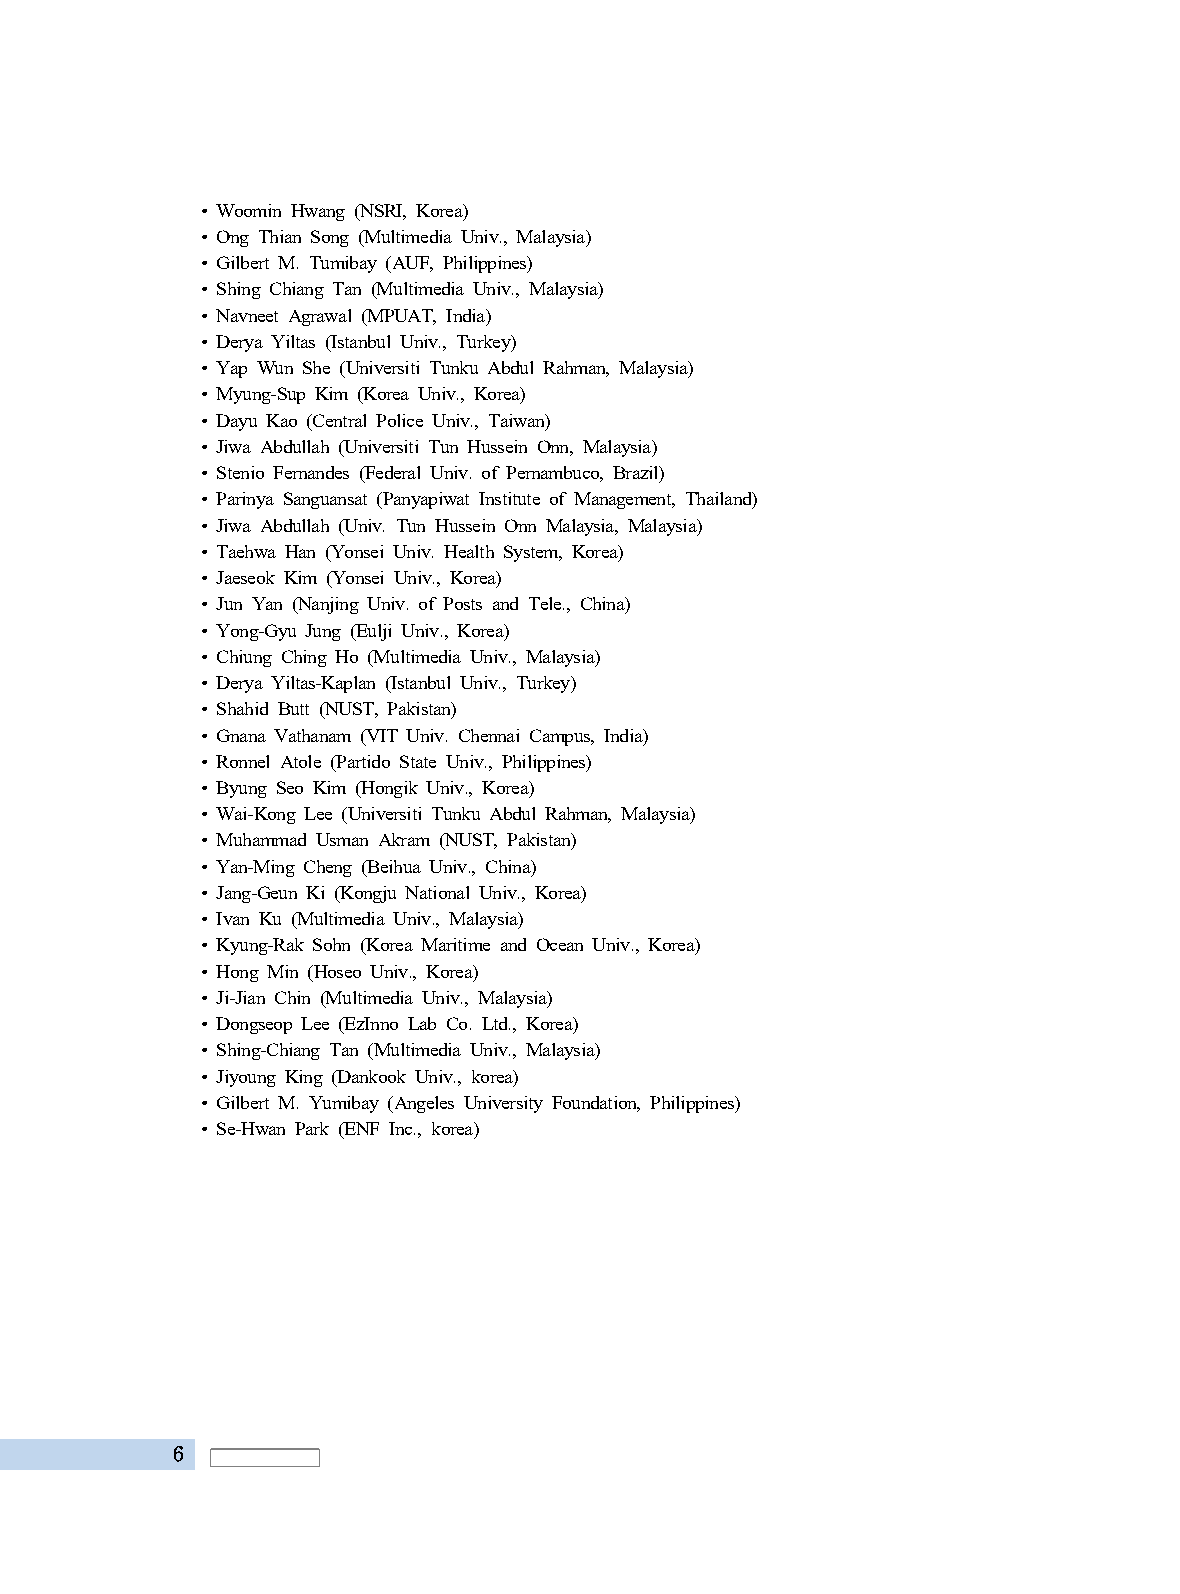
• Woomin Hwang (NSRI, Korea)
 • Ong Thian Song (Multimedia Univ., Malaysia)
 • Gilbert M. Tumibay (AUF, Philippines)
 • Shing Chiang Tan (Multimedia Univ., Malaysia)
 • Navneet Agrawal (MPUAT, India)
 • Derya Yiltas (Istanbul Univ., Turkey)
 • Yap Wun She (Universiti Tunku Abdul Rahman, Malaysia)
 • Myung-Sup Kim (Korea Univ., Korea)
 • Dayu Kao (Central Police Univ., Taiwan)
 • Jiwa Abdullah (Universiti Tun Hussein Onn, Malaysia)
 • Stenio Fernandes (Federal Univ. of Pernambuco, Brazil)
 • Parinya Sanguansat (Panyapiwat Institute of Management, Thailand)
 • Jiwa Abdullah (Univ. Tun Hussein Onn Malaysia, Malaysia)
 • Taehwa Han (Yonsei Univ. Health System, Korea)
 • Jaeseok Kim (Yonsei Univ., Korea)
 • Jun Yan (Nanjing Univ. of Posts and Tele., China)
 • Yong-Gyu Jung (Eulji Univ., Korea)
 • Chiung Ching Ho (Multimedia Univ., Malaysia)
 • Derya Yiltas-Kaplan (Istanbul Univ., Turkey)
 • Shahid Butt (NUST, Pakistan)
 • Gnana Vathanam (VIT Univ. Chennai Campus, India)
 • Ronnel Atole (Partido State Univ., Philippines)
 • Byung Seo Kim (Hongik Univ., Korea)
 • Wai-Kong Lee (Universiti Tunku Abdul Rahman, Malaysia)
 • Muhammad Usman Akram (NUST, Pakistan)
 • Yan-Ming Cheng (Beihua Univ., China)
 • Jang-Geun Ki (Kongju National Univ., Korea)
 • Ivan Ku (Multimedia Univ., Malaysia)
 • Kyung-Rak Sohn (Korea Maritime and Ocean Univ., Korea)
 • Hong Min (Hoseo Univ., Korea)
 • Ji-Jian Chin (Multimedia Univ., Malaysia)
 • Dongseop Lee (EzInno Lab Co. Ltd., Korea)
 • Shing-Chiang Tan (Multimedia Univ., Malaysia)
 • Jiyoung King (Dankook Univ., korea)
 • Gilbert M. Yumibay (Angeles University Foundation, Philippines)
 • Se-Hwan Park (ENF Inc., korea)
 6